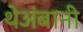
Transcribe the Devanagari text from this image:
थेअंबानी